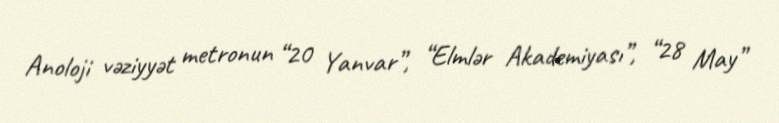
Anoloji vəziyyət metronun “20 Yanvar”, “Elmlər Akademiyası”, “28 May”